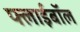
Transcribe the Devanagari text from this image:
फ्लाईबॉल